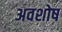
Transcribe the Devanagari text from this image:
अवशोष